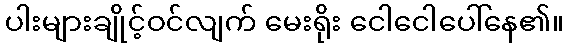
ပါးများချိုင့်ဝင်လျက် မေးရိုး ငေါငေါပေါ်နေ၏။